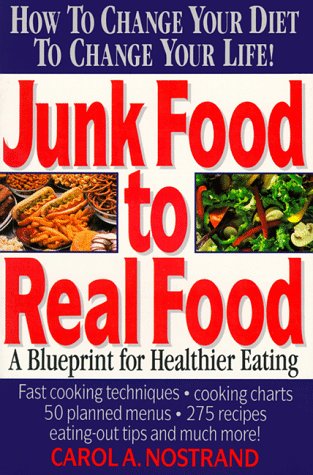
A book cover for Junk Food to Real Food: A Blueprint for Healthier Eating; Carol A. Nostrand; Health, Fitness & Dieting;